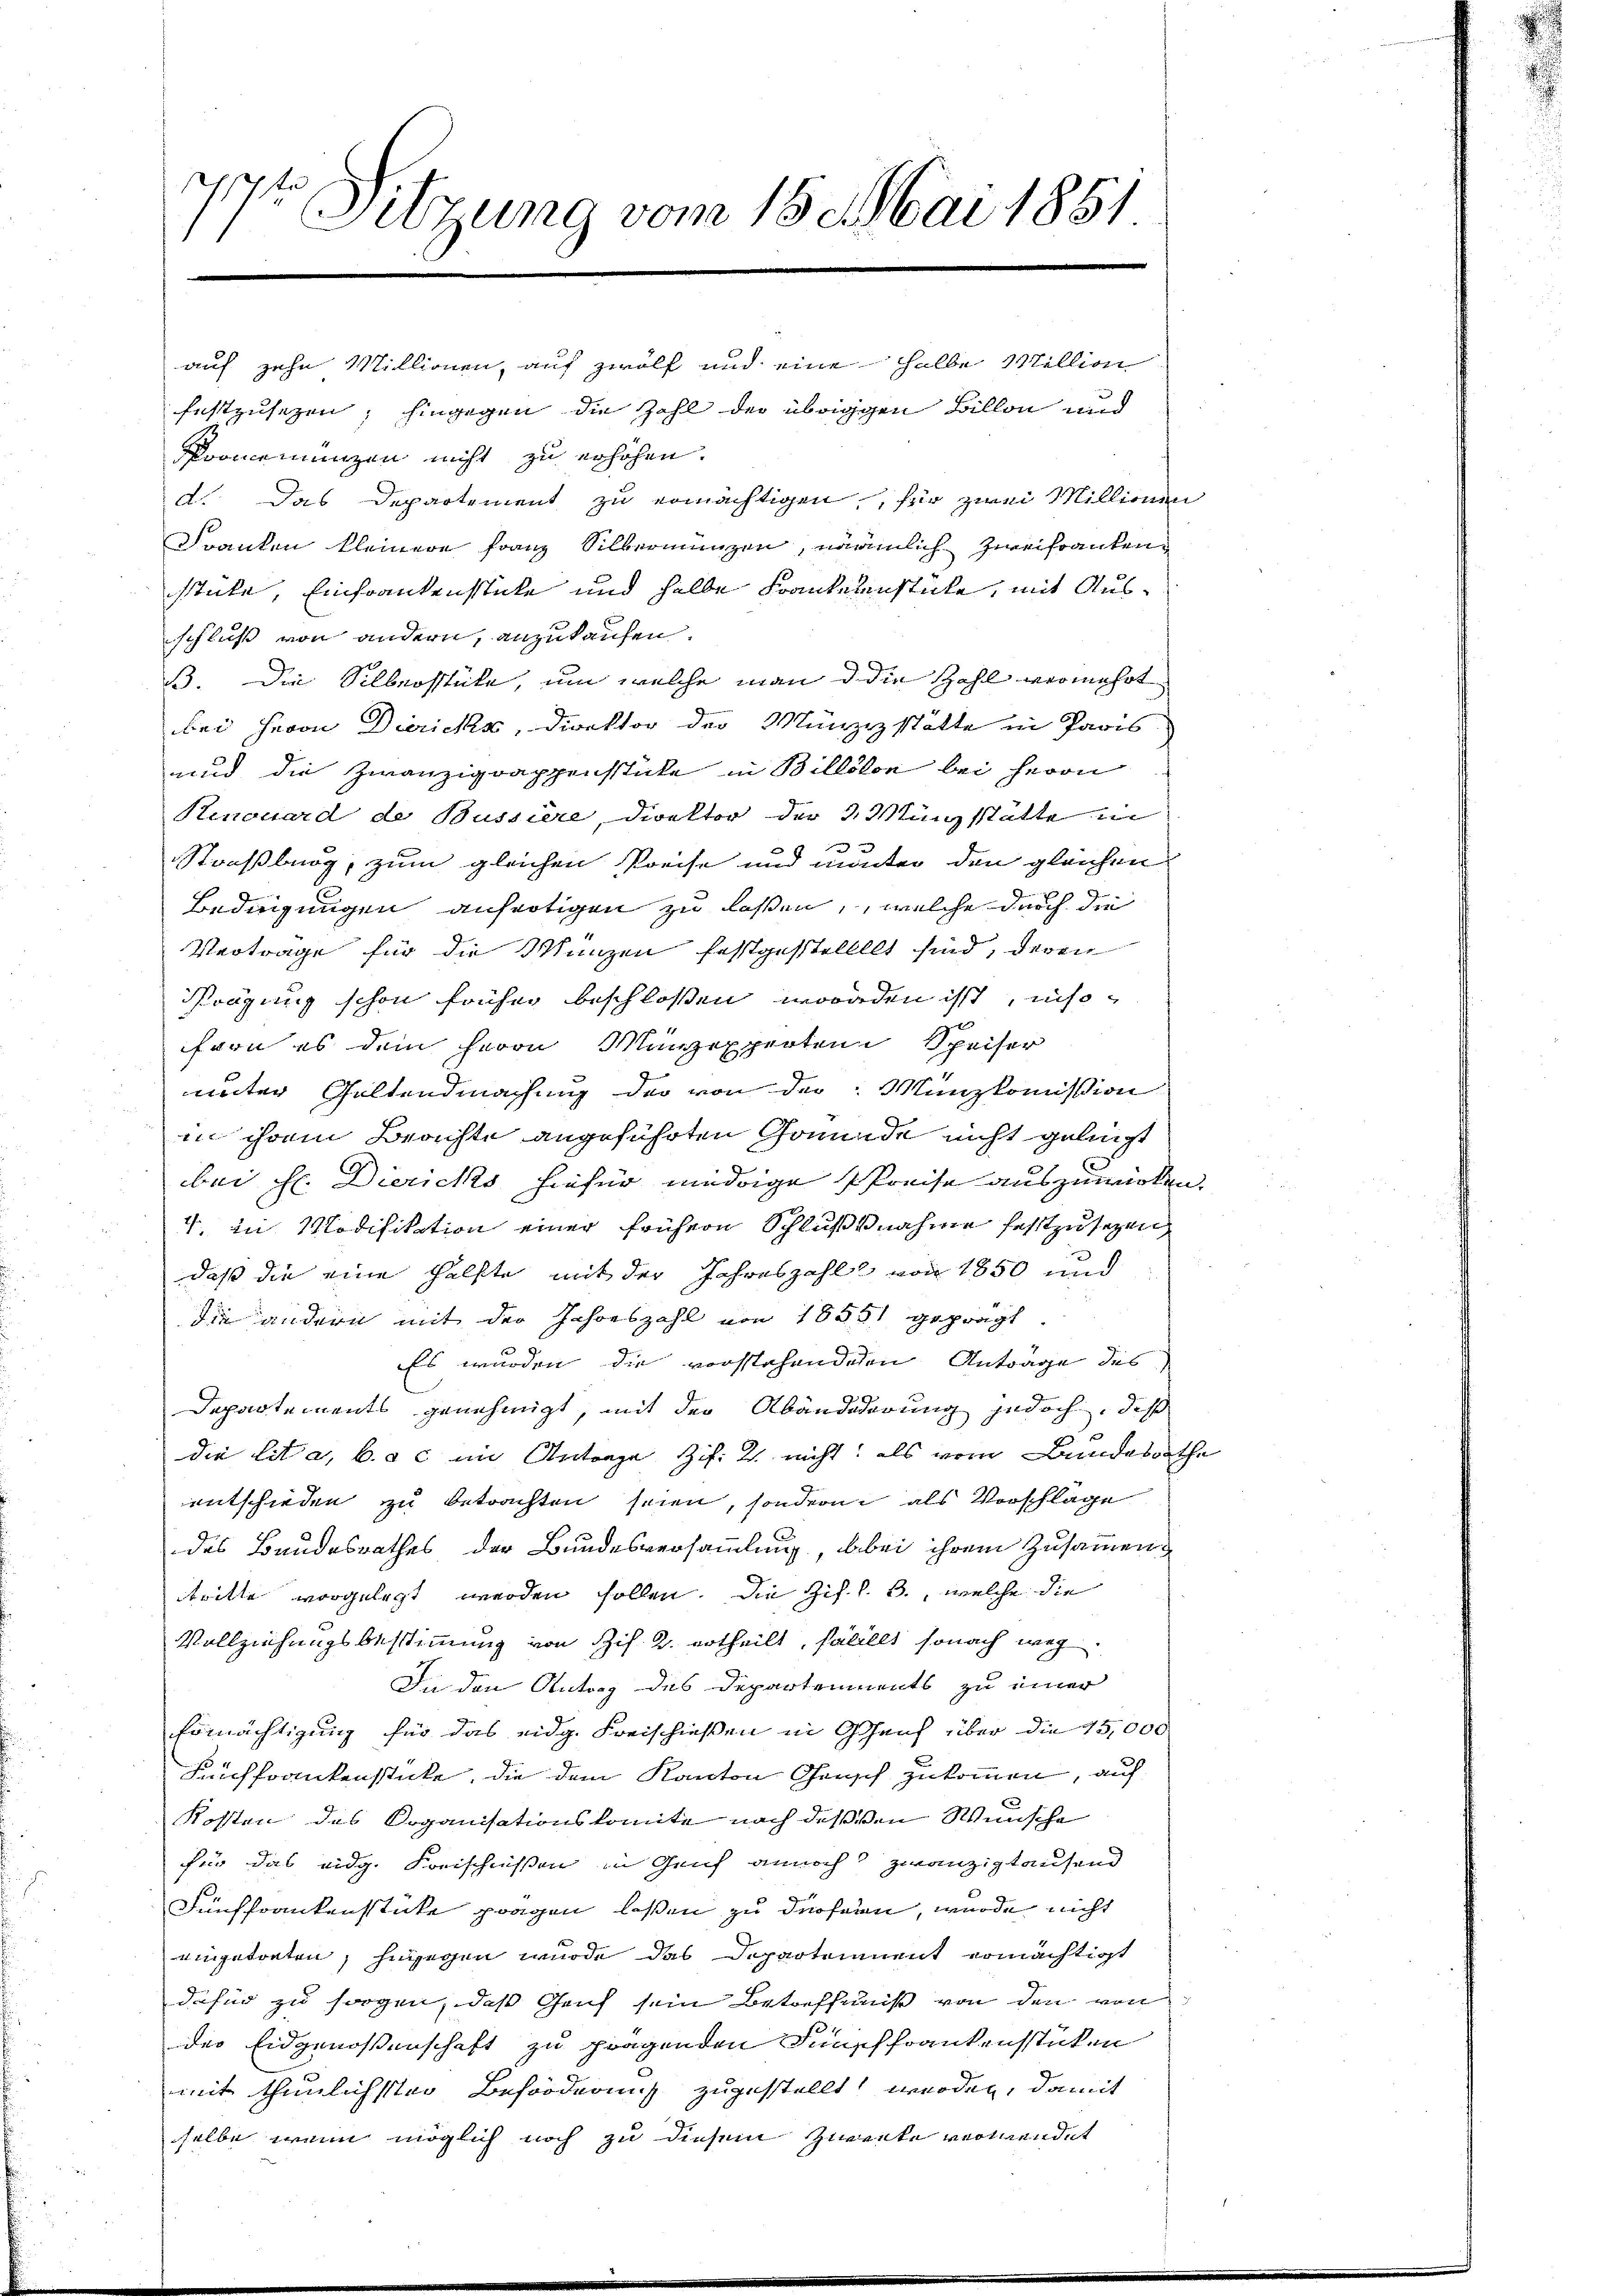
ch
l
11 Sitzung vom 18. Mai 1851

auf zehn Millionen, auf zwölf und eine halbe Million
festzusetzen; hingegen die Zahl der übriggen Billon und
Promemunzen nicht zu erhöhen.
d. Das Departement zu ermächtigen, für zwei Millionen
Dranken kleinere Franz Silberminzen, nämlich zweifrankenstücke, Einfrankenstücke und halbe Frankelenstücke, mit Ausschluß von andern, anzukaufen.
33. Die Silberstüte, um welche man d die Zahl vermehrt
bei Herrn Dierichs, Direktor der Münzstätte in Paris
und die Zwanzigrappenstücke in Billikon bei Herrn
Kenouard de Bussiere, Direktor der 3. Münzstätte in
f
Straßburg, zum gleichen Preise und minter den gleichen
Bedingungen anfertigen zu laßen, welche durch die
Verträge für die Manzen festgestellllt sind, deren
Prägung schon früher beschlossen woraden isst, insofron es dem Herrn Manzexperten Speiser
unter Geltendmachung der von der Münzkommission
in ihrem Beachte angeführten Gomunde nicht gelingt
bei H. Dierichs hiefür niedrige Preise auszuwirken.
4. in Modifikation einer frühern Schlußnahme festzusezen,
daß die eine Hälfte mit der Jahreszahl von 1850 und
die andern mit der Jahreszahl von 1855 geprägt
Es wurden die vorstehenderen Anträge des
Departements genehmigt, mit der Abändederung jedoch, daß
die lit a, b. & c im Antrage Zif. 2 nicht, als vom Bundesrathe
entschieden zu betrachten seien, sondern als Vorschläge
des Bandesrathes der Bundesversammlung, abei ihrem Zusammenbritte vorgelegt werden sollen. Die Zif. l. B., welche die
Vollziehungsbestimmung von Zif. 2. ertheilt, fallt sonach weg
In den Antrag des Departements zu einer
Ermächtigung für das eidg. Freischießen in Genf über die 15,000
Leich frankenstücke, die dem Kanton Gensch zukommen, auf
Kosten des Soganisationskomite nach dessen Wünsche
für das eidg. Kreischießen in Genf annoch zwanzigtausend
Fünffrankenstüke fragen laßen zu dürferen, wurde nicht
eingetreten, hingegen wurde das Departement ermächtigt
dafür zu sorgen, daß Genf sein Betreffnis von den von
der Eidgenossenschaft zu fragenden Funsch frankenstücken
mit thunlichsten Beförderung zugestellt werden, damit
selbe, wenn möglich noch zu diesem Zwecke verwendet